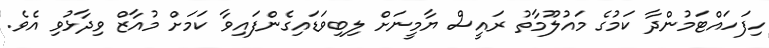
ހިފަހައްޓަމުންދާ ކަމުގެ މައުލޫމާތު ރައީސް ޔާމީނަށް ލިބިވަޑައިގެންފައިވާ ކަމަށް މުއާޒް ވިދާޅުވި އެވެ.